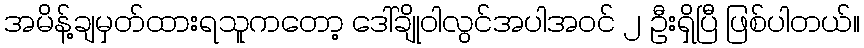
အမိန့်ချမှတ်ထားရသူကတော့ ဒေါ်ချိုဝါလွင်အပါအဝင် ၂ ဦးရှိပြီ ဖြစ်ပါတယ်။